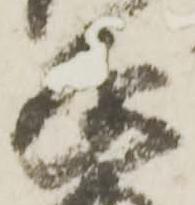
家